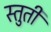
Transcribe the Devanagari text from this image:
स्‍तुती